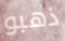
ذهبو